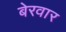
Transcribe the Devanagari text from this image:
बेरवार